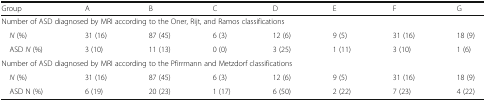
| Group | A | B | C | D | E | F | G |
 | --- | --- | --- | --- | --- | --- | --- | --- |
 | <COLSPAN=8> Number of ASD diagnosed by MRI according to the Oner, Rijt, and Ramos classifications |
 | N (%) | 31 (16) | 87 (45) | 6 (3) | 12 (6) | 9 (5) | 31 (16) | 18 (9) |
 | ASD N (%) | 3 (10) | 11 (13) | 0 (0) | 3 (25) | 1 (11) | 3 (10) | 1 (6) |
 | <COLSPAN=8> Number of ASD diagnosed by MRI according to the Pfirrmann and Metzdorf classifications |
 | N (%) | 31 (16) | 87 (45) | 6 (3) | 12 (6) | 9 (5) | 31 (16) | 18 (9) |
 | ASD N (%) | 6 (19) | 20 (23) | 1 (17) | 6 (50) | 2 (22) | 7 (23) | 4 (22) |